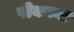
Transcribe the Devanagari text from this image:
पीकच्या